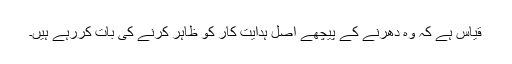
قیاس ہے کہ وہ دھرنے کے پیچھے اصل ہدایت کار کو ظاہر کرنے کی بات کررہے ہیں۔